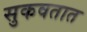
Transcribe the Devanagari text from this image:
सुकवतात